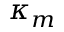
\kappa _ { m }